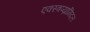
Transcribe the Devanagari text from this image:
एक्स्त्रप्य्रामिदल